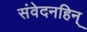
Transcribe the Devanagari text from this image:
संवेदनहिन्